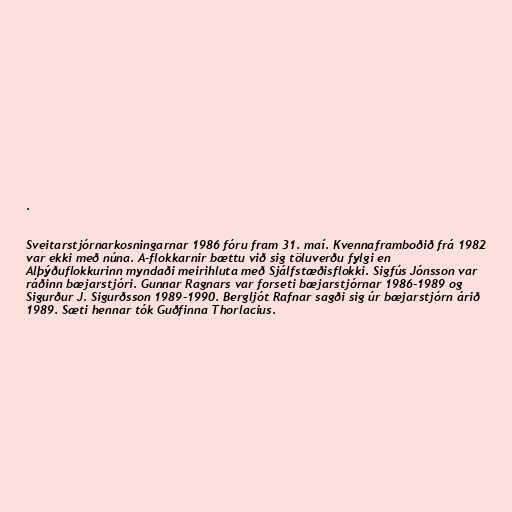
.

Sveitarstjórnarkosningarnar 1986 fóru fram 31. maí. Kvennaframboðið frá 1982
var ekki með núna. A-flokkarnir bættu við sig töluverðu fylgi en
Alþýðuflokkurinn myndaði meirihluta með Sjálfstæðisflokki. Sigfús Jónsson var
ráðinn bæjarstjóri. Gunnar Ragnars var forseti bæjarstjórnar 1986-1989 og
Sigurður J. Sigurðsson 1989-1990. Bergljót Rafnar sagði sig úr bæjarstjórn árið
1989. Sæti hennar tók Guðfinna Thorlacius.